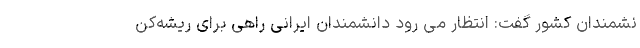
نشمندان کشور گفت: انتظار می رود دانشمندان ایرانی راهی برای ریشه‌کن